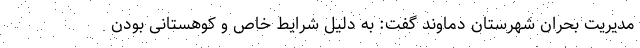
مدیریت بحران شهرستان دماوند گفت: به دلیل شرایط خاص و کوهستانی بودن